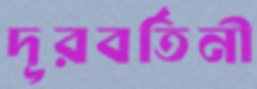
দূরবর্তিনী